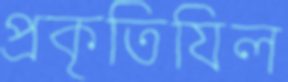
প্রকৃতিযিল